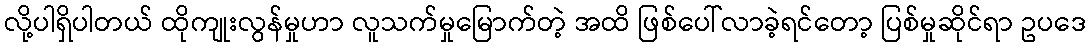
လို့ပါရှိပါတယ် ထိုကျုးလွန်မှုဟာ လူသက်မှုမြောက်တဲ့ အထိ ဖြစ်ပေါ်လာခဲ့ရင်တော့ ပြစ်မှုဆိုင်ရာ ဥပဒေ